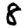
Digit: 8